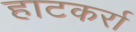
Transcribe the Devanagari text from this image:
हाटकर्रा